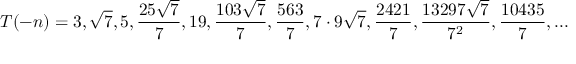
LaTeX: T ( - n ) = 3 , { \sqrt { 7 } } , 5 , { \frac { 2 5 { \sqrt { 7 } } } { 7 } } , 1 9 , { \frac { 1 0 3 { \sqrt { 7 } } } { 7 } } , { \frac { 5 6 3 } { 7 } } , 7 \cdot 9 { \sqrt { 7 } } , { \frac { 2 4 2 1 } { 7 } } , { \frac { 1 3 2 9 7 { \sqrt { 7 } } } { 7 ^ { 2 } } } , { \frac { 1 0 4 3 5 } { 7 } } , . . .